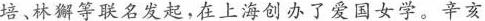
培、林獬等联名发起，在上海创办了爱国女学。辛亥